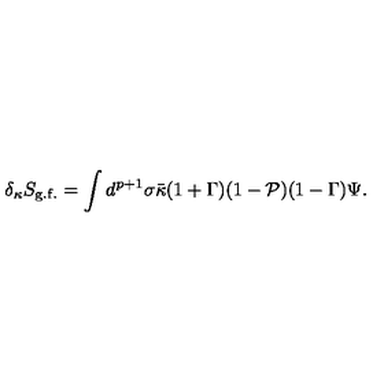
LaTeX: \delta _ { \kappa } S _ { \mathrm { g . f . } } = \int d ^ { p + 1 } \sigma \bar { \kappa } ( 1 + \Gamma ) ( 1 - { \cal P } ) ( 1 - \Gamma ) \Psi .